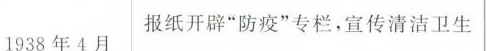
1938年4月 报纸开辟”防疫”专栏，宣传清洁卫生